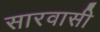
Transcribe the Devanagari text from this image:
सारवासी